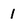
Character: I